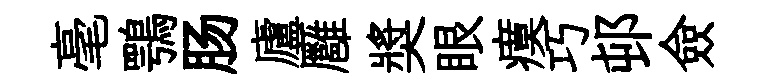
毫鶚肠廬廱奬眼瘼巧邨僉